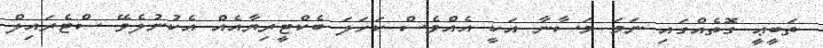
ތަބީޢީ ގޮތެއްގައި ނަމަ މަސާނާ އަކީ އެއްވެސް ކަހަލަ ބެކްޓީރިޔާއެއް އެކުނުލެވޭ ސްޓެރައިލް